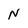
Character: N